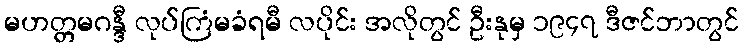
မဟတ္တမဂန္ဒီ လုပ်ကြံမခံရမီ လပိုင်း အလိုတွင် ဦးနုမှ ၁၉၄၇ ဒီဇင်ဘာတွင်